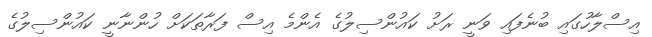
އިސްލާހުގައި ބުނެފައި ވަނީ ރަށު ކައުންސިލުގެ އެންމެ އިސް ފަރާތަކަށް ހުންނާނީ ކައުންސިލުގެ